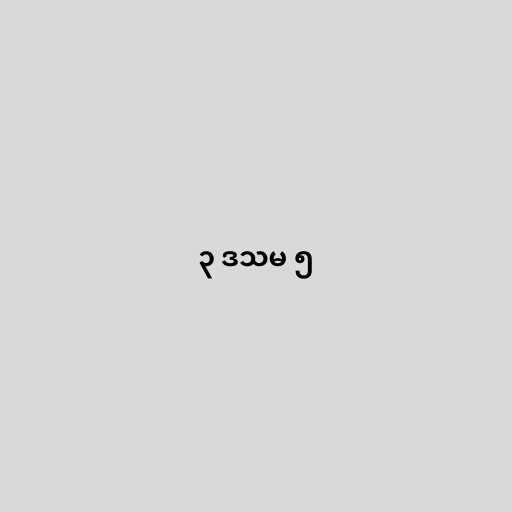
၃ ဒသမ ၅